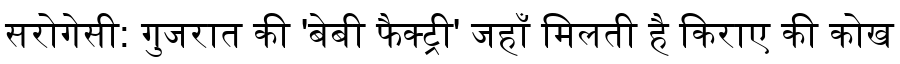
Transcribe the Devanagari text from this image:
सरोगेसी: गुजरात की 'बेबी फैक्ट्री' जहाँ मिलती है किराए की कोख